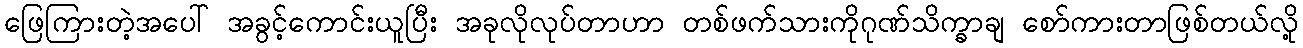
ဖြေကြားတဲ့အပေါ် အခွင့်ကောင်းယူပြီး အခုလိုလုပ်တာဟာ တစ်ဖက်သားကိုဂုဏ်သိက္ခာချ စော်ကားတာဖြစ်တယ်လို့